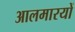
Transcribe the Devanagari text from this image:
आलमारयों